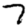
Digit: 7